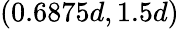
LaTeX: (0.6875d,1.5d)